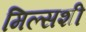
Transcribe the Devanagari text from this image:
मिल्सशी